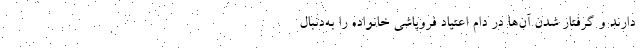
دارند و گرفتار شدن آن‌ها در دام اعتیاد فروپاشی خانواده را به‌دنبال